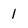
Character: 1